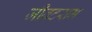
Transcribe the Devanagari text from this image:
जीवटराम